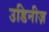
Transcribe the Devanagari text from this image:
उडिनीज़